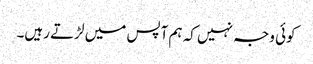
کوئی وجہ نہیں کہ ہم آپس میں لڑتے رہیں۔